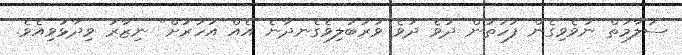
ސަލާމަތް ނުވެވިގެން ފަހަތުން ދުވެ ދުވެ ވަރުބަލިވެގެނދާނެ އެއް އަހަރަށް" ނިޒާރު ވިދާޅުވިއެވެ.